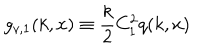
LaTeX: g _ { v , 1 } ( k , x ) \equiv \frac { k } { 2 } C _ { 1 } ^ { 2 } q ( k , x )